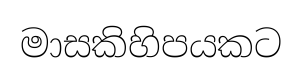
මාසකිහිපයකට